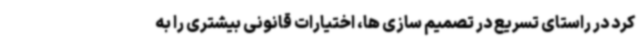
کرد در راستای تسریع در تصمیم سازی ها، اختیارات قانونی بیشتری را به